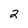
Character: 2